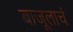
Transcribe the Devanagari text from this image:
बाजूलाचं